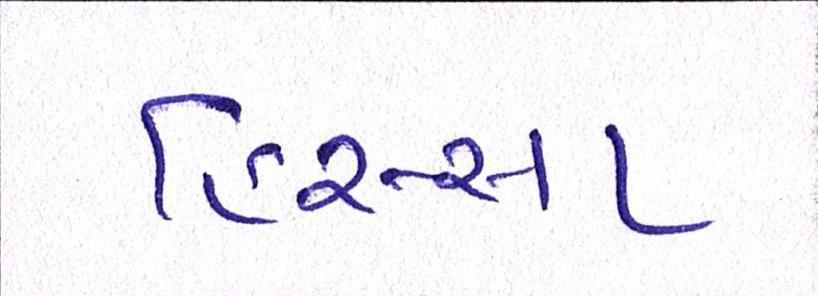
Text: હિસ્સા